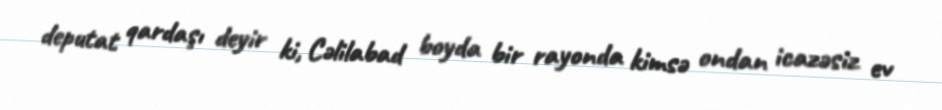
deputat qardaşı deyir ki, Cəlilabad boyda bir rayonda kimsə ondan icazəsiz ev